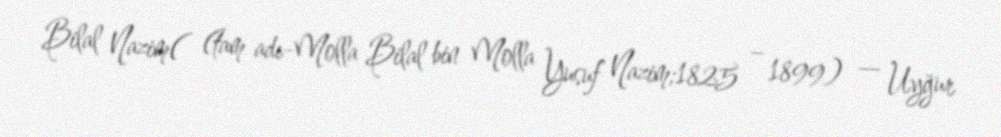
Bilal Nazim( (tam adı-Molla Bilal bin Molla Yusuf Nazim;1825 – 1899) — Uyğur